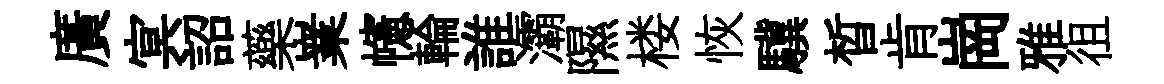
廣㝠詔藥嶪幰輪誰灞隰楼恢驥晳肯崗雅徂